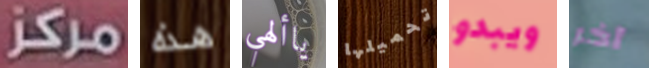
مركز هذه ياألهي تحميلها ويبدو آخر